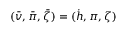
( \bar { v } , \bar { \pi } , \bar { \zeta } ) = ( \dot { h } , \pi , \zeta )